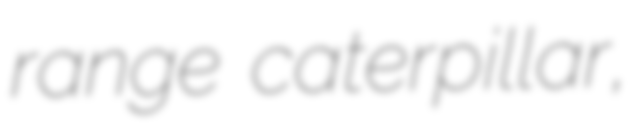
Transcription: range caterpillar,